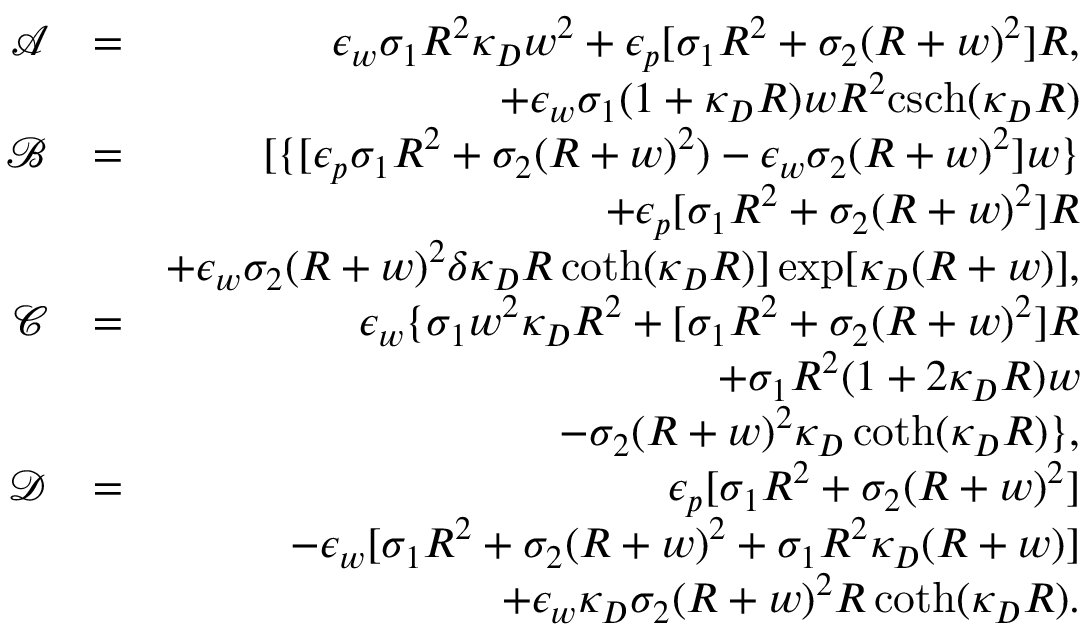
\begin{array} { r l r } { \mathcal { A } } & { = } & { \epsilon _ { w } \sigma _ { 1 } R ^ { 2 } \kappa _ { D } w ^ { 2 } + \epsilon _ { p } [ \sigma _ { 1 } R ^ { 2 } + \sigma _ { 2 } ( R + w ) ^ { 2 } ] R , } \\ & { } & { + \epsilon _ { w } \sigma _ { 1 } ( 1 + \kappa _ { D } R ) w R ^ { 2 } \mathrm { c s c h } ( \kappa _ { D } R ) } \\ { \mathcal { B } } & { = } & { [ \{ [ \epsilon _ { p } \sigma _ { 1 } R ^ { 2 } + \sigma _ { 2 } ( R + w ) ^ { 2 } ) - \epsilon _ { w } \sigma _ { 2 } ( R + w ) ^ { 2 } ] w \} } \\ & { } & { + \epsilon _ { p } [ \sigma _ { 1 } R ^ { 2 } + \sigma _ { 2 } ( R + w ) ^ { 2 } ] R } \\ & { } & { + \epsilon _ { w } \sigma _ { 2 } ( R + w ) ^ { 2 } \delta \kappa _ { D } R \coth ( \kappa _ { D } R ) ] \exp [ \kappa _ { D } ( R + w ) ] , } \\ { \mathcal { C } } & { = } & { \epsilon _ { w } \{ \sigma _ { 1 } w ^ { 2 } \kappa _ { D } R ^ { 2 } + [ \sigma _ { 1 } R ^ { 2 } + \sigma _ { 2 } ( R + w ) ^ { 2 } ] R } \\ & { } & { + \sigma _ { 1 } R ^ { 2 } ( 1 + 2 \kappa _ { D } R ) w } \\ & { } & { - \sigma _ { 2 } ( R + w ) ^ { 2 } \kappa _ { D } \coth ( \kappa _ { D } R ) \} , } \\ { \mathcal { D } } & { = } & { \epsilon _ { p } [ \sigma _ { 1 } R ^ { 2 } + \sigma _ { 2 } ( R + w ) ^ { 2 } ] } \\ & { } & { - \epsilon _ { w } [ \sigma _ { 1 } R ^ { 2 } + \sigma _ { 2 } ( R + w ) ^ { 2 } + \sigma _ { 1 } R ^ { 2 } \kappa _ { D } ( R + w ) ] } \\ & { } & { + \epsilon _ { w } \kappa _ { D } \sigma _ { 2 } ( R + w ) ^ { 2 } R \coth ( \kappa _ { D } R ) . } \end{array}